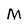
Character: M